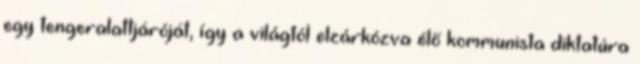
egy tengeralattjáróját, így a világtól elzárkózva élő kommunista diktatúra